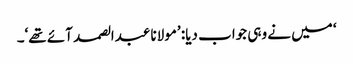
‘ میں نے وہی جواب دیا: ’مولانا عبدالصمد آئے تھے‘۔